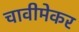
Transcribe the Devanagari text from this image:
चावीमेकर